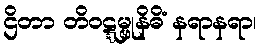
ဌိတာ တိဝဋ္ဋမ္ဗုနိဓိံ နရာနရာ၊